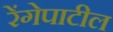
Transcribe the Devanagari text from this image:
रेंगेपाटील